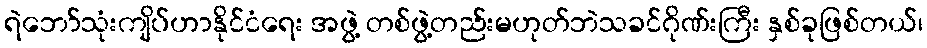
ရဲဘော်သုံးကျိပ်ဟာနိုင်ငံရေး အဖွဲ့ တစ်ဖွဲ့တည်းမဟုတ်ဘဲသခင်ဂိုဏ်းကြီး နှစ်ခုဖြစ်တယ်၊